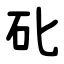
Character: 䂗